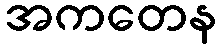
အကတေန